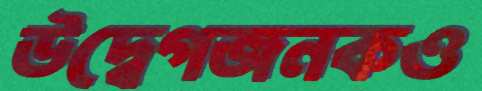
উদ্বেগজনকও